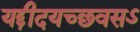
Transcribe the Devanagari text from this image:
यद्दीदयच्छवसऽ